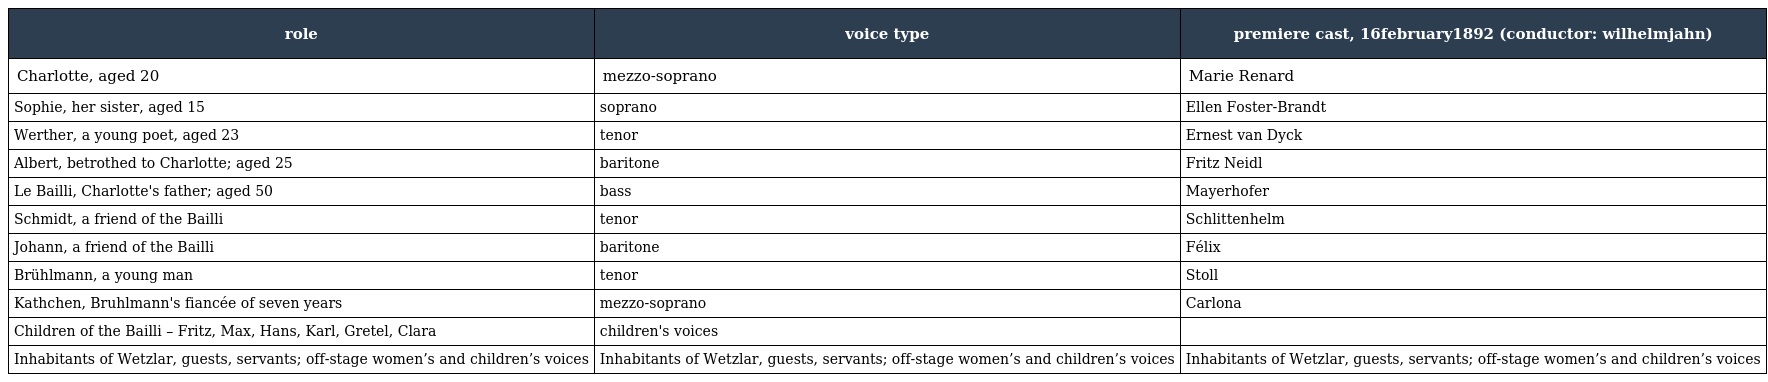
| role | voice type | premiere cast, 16february1892 (conductor: wilhelmjahn) |
 | --- | --- | --- |
 | Charlotte, aged 20 | mezzo-soprano | Marie Renard |
 | Sophie, her sister, aged 15 | soprano | Ellen Foster-Brandt |
 | Werther, a young poet, aged 23 | tenor | Ernest van Dyck |
 | Albert, betrothed to Charlotte; aged 25 | baritone | Fritz Neidl |
 | Le Bailli, Charlotte's father; aged 50 | bass | Mayerhofer |
 | Schmidt, a friend of the Bailli | tenor | Schlittenhelm |
 | Johann, a friend of the Bailli | baritone | Félix |
 | Brühlmann, a young man | tenor | Stoll |
 | Kathchen, Bruhlmann's fiancée of seven years | mezzo-soprano | Carlona |
 | Children of the Bailli – Fritz, Max, Hans, Karl, Gretel, Clara | children's voices |  |
 | Inhabitants of Wetzlar, guests, servants; off-stage women’s and children’s voices | Inhabitants of Wetzlar, guests, servants; off-stage women’s and children’s voices | Inhabitants of Wetzlar, guests, servants; off-stage women’s and children’s voices |